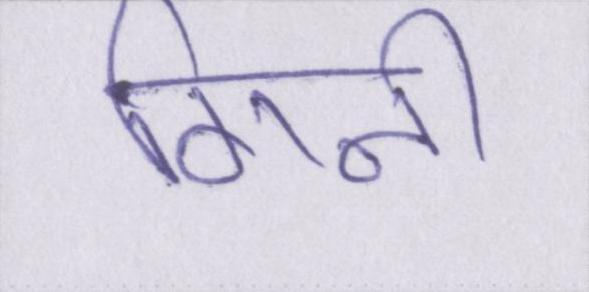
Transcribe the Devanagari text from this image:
गिनी